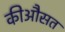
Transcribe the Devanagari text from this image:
कीऔसत